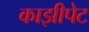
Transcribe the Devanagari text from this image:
काझीपेट